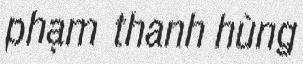
phạm thanh hùng